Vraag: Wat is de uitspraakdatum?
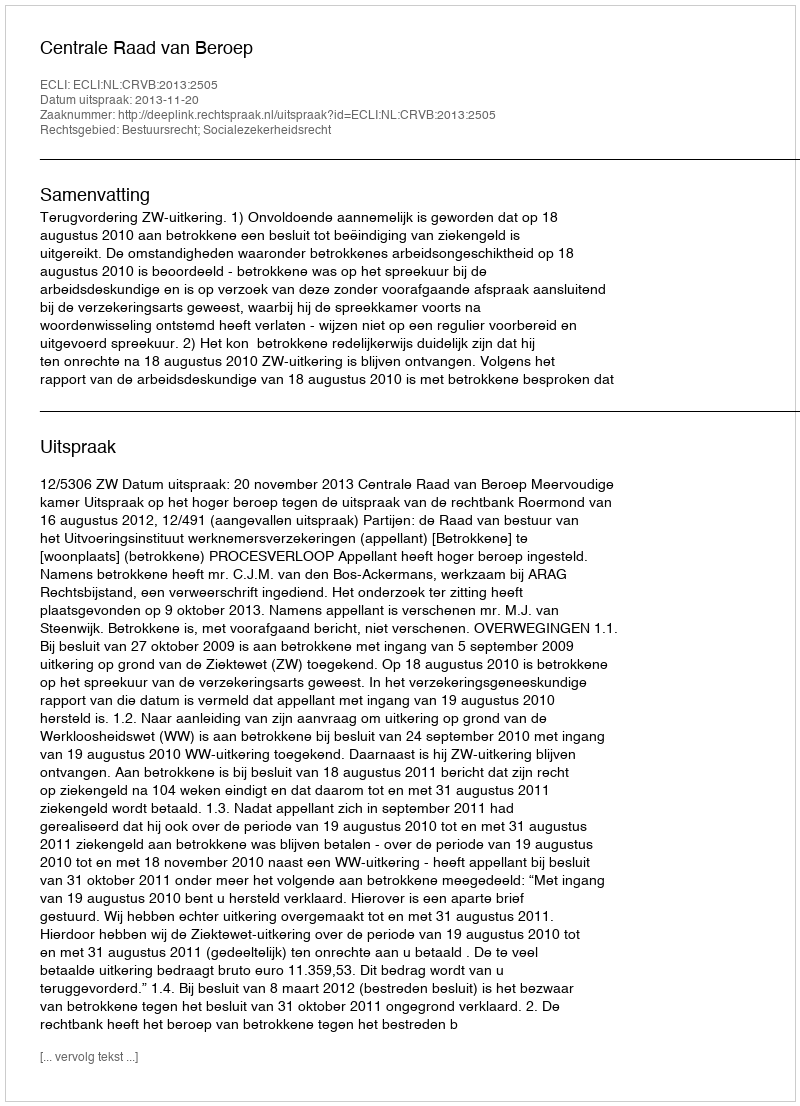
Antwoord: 2013-11-20